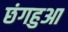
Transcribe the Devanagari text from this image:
छंगहुआ